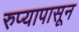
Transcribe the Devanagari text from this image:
रुप्यापासून